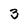
Character: 3